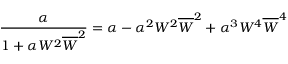
\frac { \alpha } { 1 + \alpha W ^ { 2 } \overline { { { W } } } ^ { 2 } } = \alpha - \alpha ^ { 2 } W ^ { 2 } \overline { { { W } } } ^ { 2 } + \alpha ^ { 3 } W ^ { 4 } \overline { { { W } } } ^ { 4 }